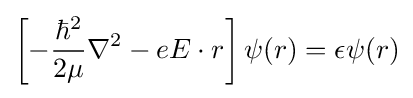
\left[-{\hbar ^{2} \over 2\mu }\nabla ^{2}-eE\cdot r\right]\psi (r)=\epsilon \psi (r)